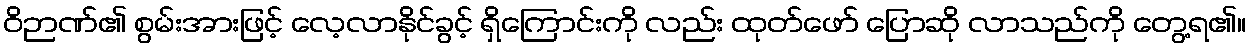
ဝိဉာဏ်၏ စွမ်းအားဖြင့် လေ့လာနိုင်ခွင့် ရှိကြောင်းကို လည်း ထုတ်ဖော် ပြောဆို လာသည်ကို တွေ့ရ၏။